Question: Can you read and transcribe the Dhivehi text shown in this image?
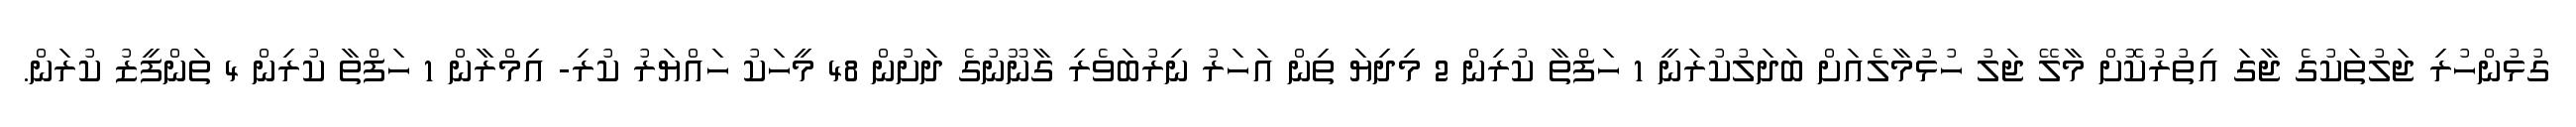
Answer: ގުޅުންހުރި ޖަލުތަކުގެ ޖާގަ އިތުރުކޮށް މާލޭ ޖަލު ހުޅުމާލެއަށް ބަދަލުކުރަނީ 1 ހަފްތާ ކުރިން 2 މިދިޔަ ތިން އަހަރު ނިރުބަވެރި ގާނޫނުގެ ދަށުން 48 މީހަކު ހައްޔަރު ކުރި- އިމްރާން 1 ހަފްތާ ކުރިން 4 ތަންފީޒު ކުރަން.